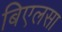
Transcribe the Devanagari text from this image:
बिएलसा